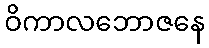
ဝိကာလဘောဇနေ